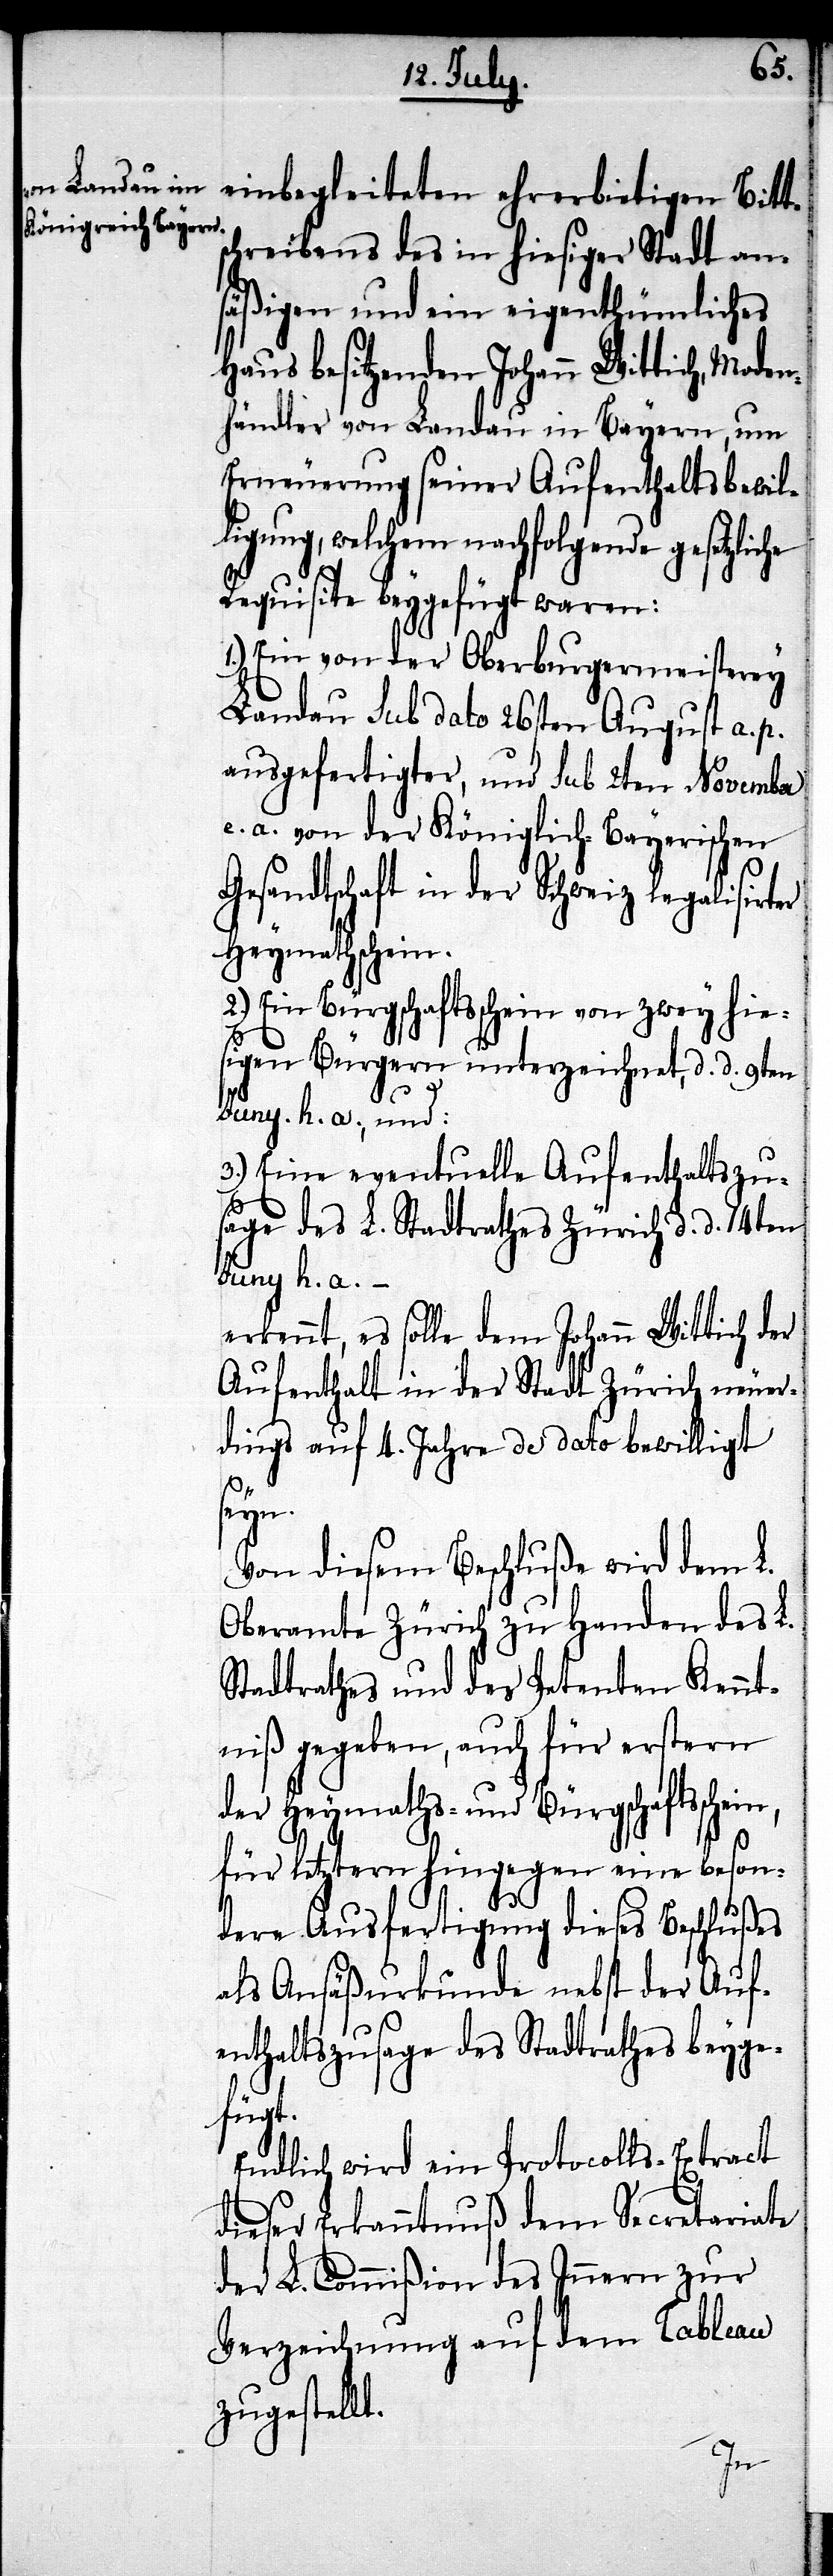
Bi¬
chreibens des in hiesiger Stadt an¬
säßigen und ein eigenthümliches
Haus besitzenden Johann Wittich, Moden¬
händler von Landau in Bayern, um
Erneuerung seiner Aufenthaltsbewil¬
ligung, welchem nachfolgende gesetzlic¬
Requisite beygefügt waren:
1.) Ein von der Oberburgermeisterey
Landau sub dato 26ten August a. p.
ausgefertigter, und sub 2ten November
e. a. von der Königlich-Bayerischen
Gesandtschaft in der Schweiz legalisirter
Heymatschein.
Ein Bürgschaftsschein von zwey hie¬
sigen Bürgern unterzeichnet, d. d. 9ten
tts¬
Juny. h. a., und:
3.) Eine eventuelle Aufenthaltszu¬
sage des L. Stadtrathes Zürich d. d. 14ten
Juny h. a. –
erkennt, es solle dem Johann Wittich der
Aufenthalt in der Stadt Zürich neuer¬
dings auf 4. Jahre de dato bewilligt
seyn.
Von diesem Beschluße wird dem L.
Oberamte Zürich zu Handen des L.
Stadtrathes und des Petenten Kennt¬
niß gegeben, auch für erstern
der Heymaths- und Bürgschaftsschein,
für letztern hingegen eine beson¬
dere Ausfertigung dieses Beschlußes
als Ansäßurkunde nebst der Auf¬
enthaltszusage des Stadtrathes beyge¬
fügt.
Endlich wird ein Protocolls-Extract
dieser Erkanntnuß dem Secreteriate
der L. Commißion des Innern zur
Verzeichnung auf dem Tableau
zugestellt.
he